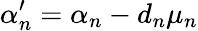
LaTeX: \alpha_{n}^{\prime}=\alpha_{n}-d_{n}\mu_{n}